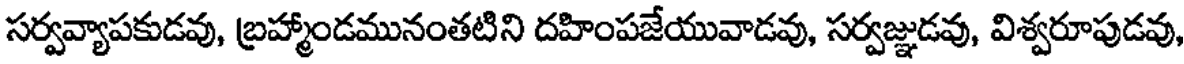
సర్వవ్యాపకుడవు, బ్రహ్మాండమునంతటిని దహింపజేయువాడవు, సర్వజ్ఞుడవు, విశ్వరూపుడవు,